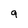
Character: 9